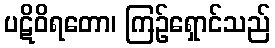
ပဋိဝိရတော၊ ကြဉ်ရှောင်သည်